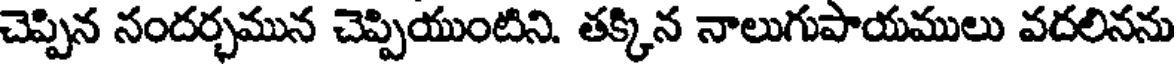
చెప్పిన నందర్భమున చెప్పియుంటిని. తక్కిన నాలుగుపాయములు వదలినను